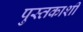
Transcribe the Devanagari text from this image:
पुस्तकाशी